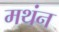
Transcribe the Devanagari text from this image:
मथंन